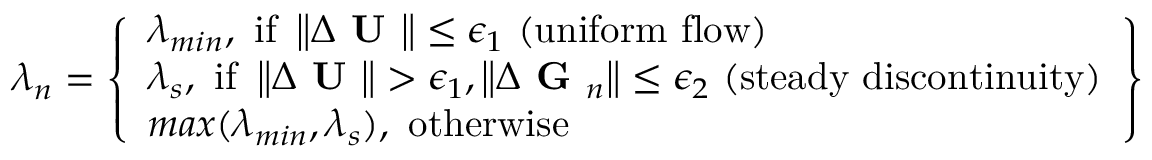
\lambda _ { n } = \left\{ \begin{array} { l } { \lambda _ { m i n } , \mathrm { ~ i f ~ } \left\| \Delta \textbf { U } \right\| \leq \epsilon _ { 1 } \mathrm { ~ ( u n i f o r m ~ f l o w ) } } \\ { \lambda _ { s } , \mathrm { ~ i f ~ } \left\| \Delta \textbf { U } \right\| > \epsilon _ { 1 } , \left\| \Delta \textbf { G } _ { n } \right\| \leq \epsilon _ { 2 } \mathrm { ~ ( s t e a d y ~ d i s c o n t i n u i t y ) } } \\ { m a x ( \lambda _ { m i n } , \lambda _ { s } ) , \mathrm { ~ o t h e r w i s e } } \end{array} \right\}